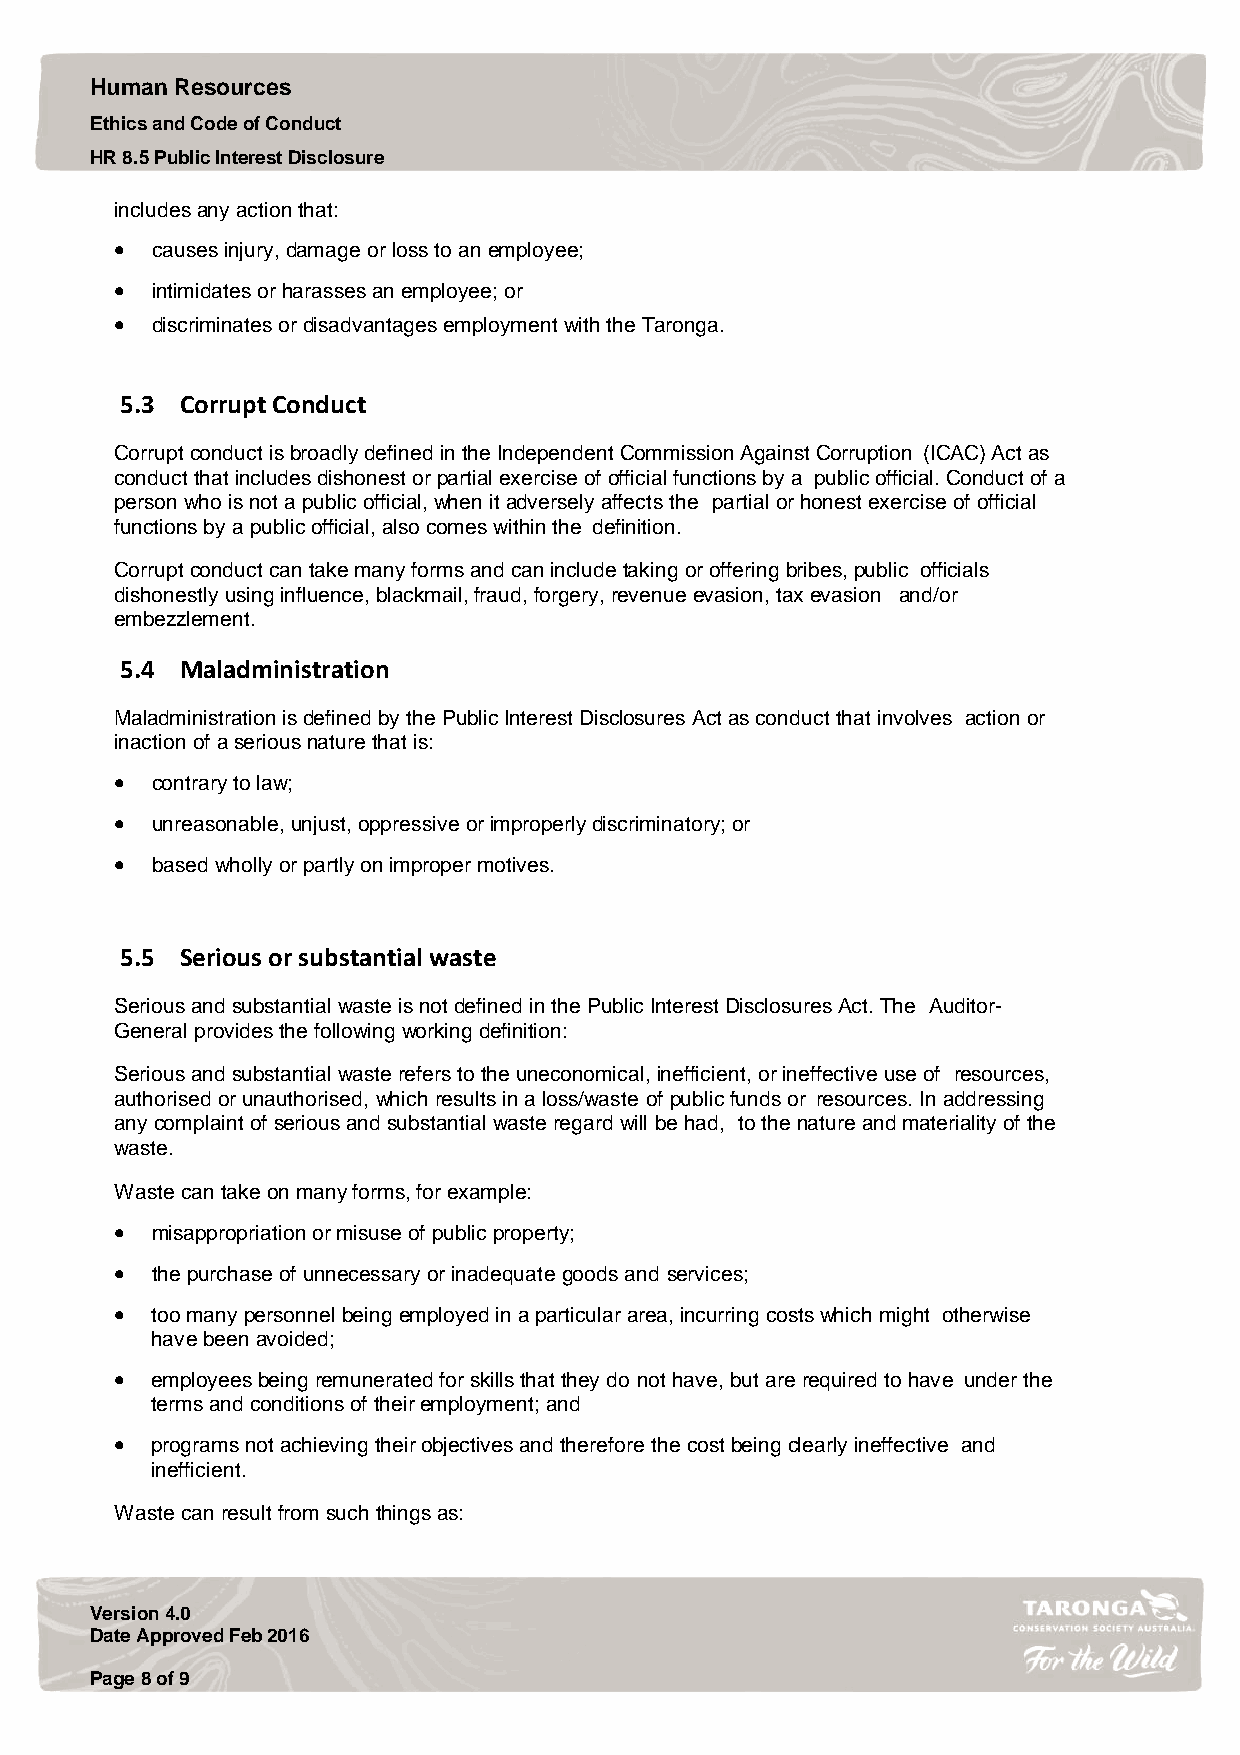
Human Resources
 Ethics and Code of Conduct
 HR 8.5 Public Interest Disclosure
 includes any action that:
  causes injury, damage or loss to an employee;
  intimidates or harasses an employee; or
  discriminates or disadvantages employment with the Taronga.
 5.3 Corrupt Conduct
 Corrupt conduct is broadly defined in the Independent Commission Against Corruption (ICAC) Act as
 conduct that includes dishonest or partial exercise of official functions by a public official. Conduct of a
 person who is not a public official, when it adversely affects the partial or honest exercise of official
 functions by a public official, also comes within the definition.
 Corrupt conduct can take many forms and can include taking or offering bribes, public officials
 dishonestly using influence, blackmail, fraud, forgery, revenue evasion, tax evasion and/or
 embezzlement.
 5.4 Maladministration
 Maladministration is defined by the Public Interest Disclosures Act as conduct that involves action or
 inaction of a serious nature that is:
  contrary to law;
  unreasonable, unjust, oppressive or improperly discriminatory; or
  based wholly or partly on improper motives.
 5.5 Serious or substantial waste
 Serious and substantial waste is not defined in the Public Interest Disclosures Act. The Auditor-
 General provides the following working definition:
 Serious and substantial waste refers to the uneconomical, inefficient, or ineffective use of resources,
 authorised or unauthorised, which results in a loss/waste of public funds or resources. In addressing
 any complaint of serious and substantial waste regard will be had, to the nature and materiality of the
 waste.
 Waste can take on many forms, for example:
  misappropriation or misuse of public property;
  the purchase of unnecessary or inadequate goods and services;
  too many personnel being employed in a particular area, incurring costs which might otherwise
 have been avoided;
  employees being remunerated for skills that they do not have, but are required to have under the
 terms and conditions of their employment; and
  programs not achieving their objectives and therefore the cost being clearly ineffective and
 inefficient.
 Waste can result from such things as:
 Version 4.0
 Date Approved Feb 2016
 Page 8 of 9